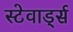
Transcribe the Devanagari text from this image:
स्टेवार्ड्स